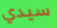
سيدي